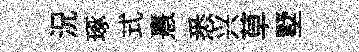
況琢式憙悉兴草墅